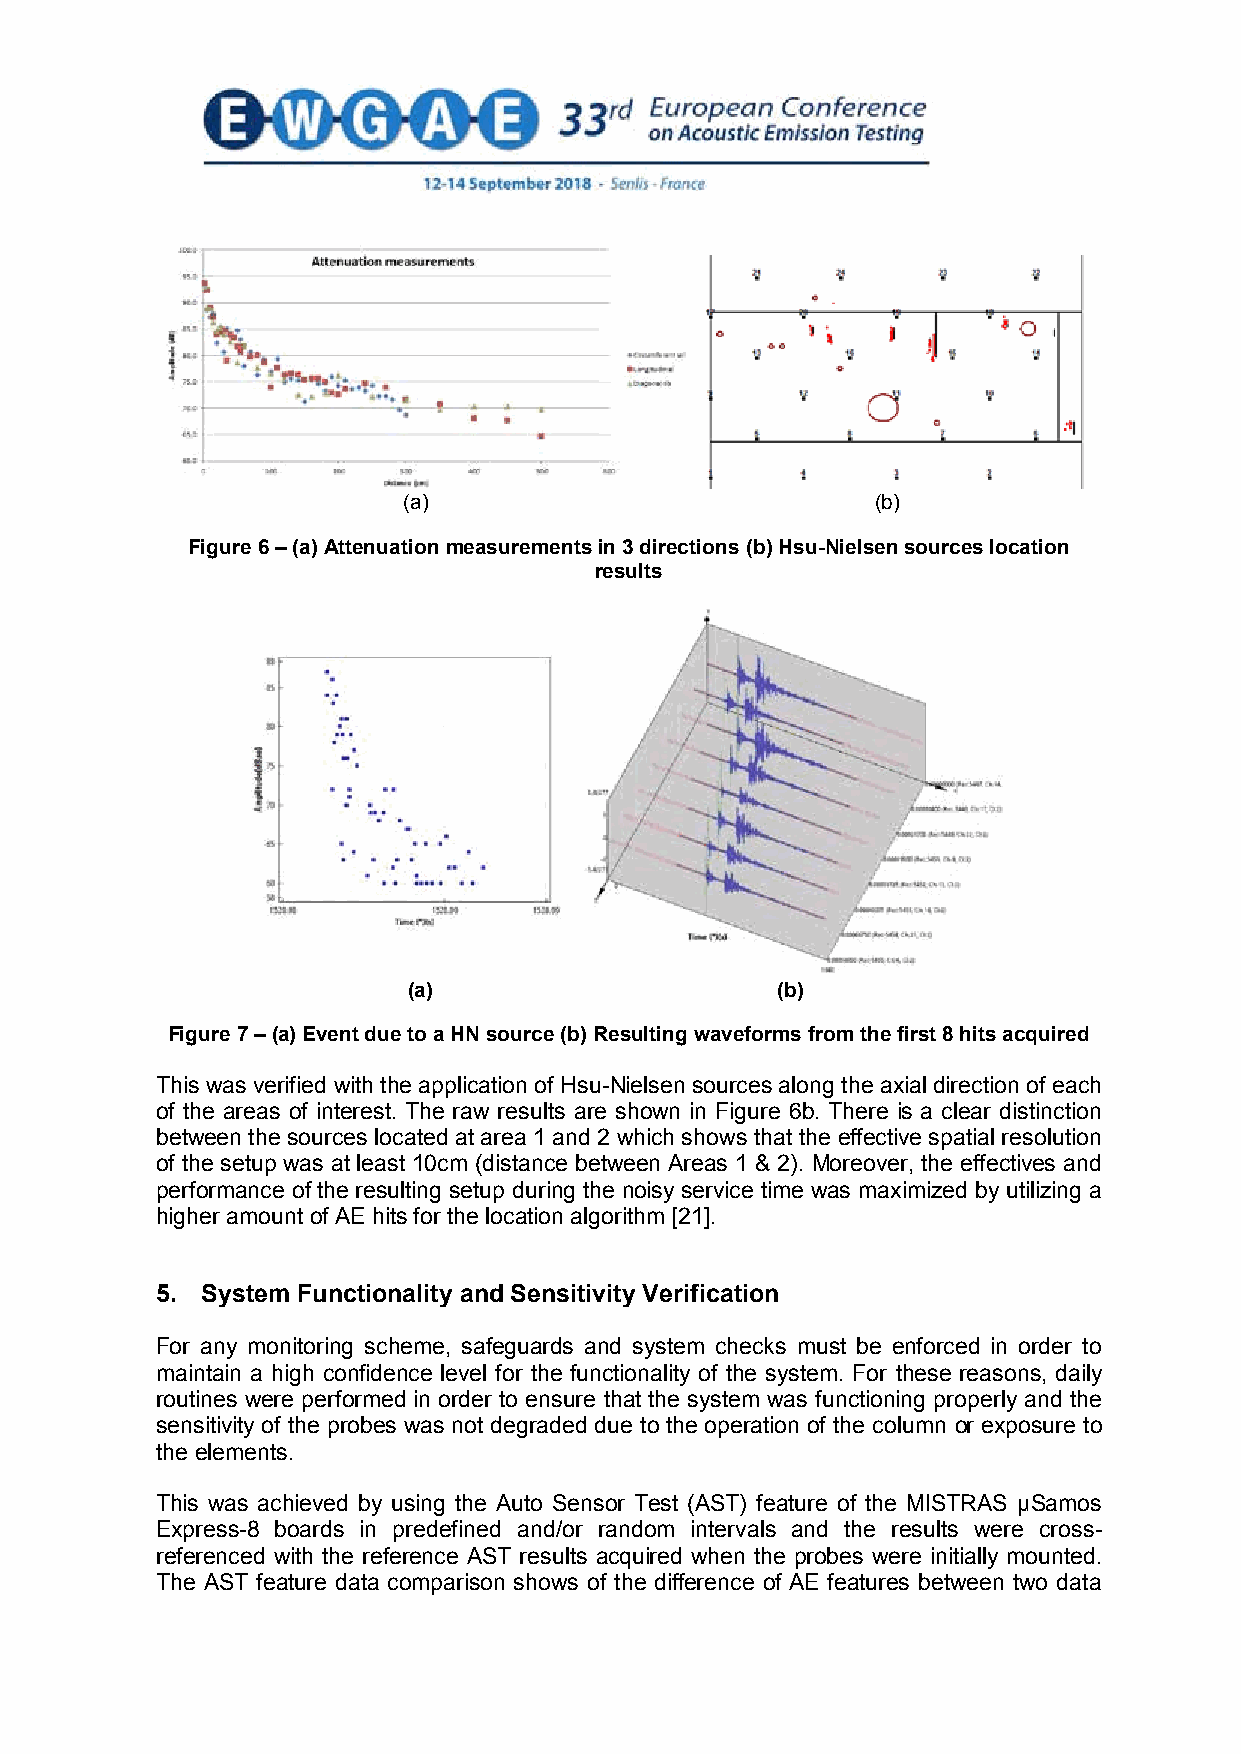
(a)                            (b)
 Figure 6 – (a) Attenuation measurements in 3 directions (b) Hsu-Nielsen sources location
 results
 (a)                     (b)
 Figure 7 – (a) Event due to a HN source (b) Resulting waveforms from the first 8 hits acquired
 This was verified with the application of Hsu-Nielsen sources along the axial direction of each
 of the areas of interest. The raw results are shown in Figure 6b. There is a clear distinction
 between the sources located at area 1 and 2 which shows that the effective spatial resolution
 of the setup was at least 10cm (distance between Areas 1 & 2). Moreover, the effectives and
 performance of the resulting setup during the noisy service time was maximized by utilizing a
 higher amount of AE hits for the location algorithm [21].
 5. System Functionality and Sensitivity Verification
 For any monitoring scheme, safeguards and system checks must be enforced in order to
 maintain a high confidence level for the functionality of the system. For these reasons, daily
 routines were performed in order to ensure that the system was functioning properly and the
 sensitivity of the probes was not degraded due to the operation of the column or exposure to
 the elements.
 This was achieved by using the Auto Sensor Test (AST) feature of the MISTRAS μSamos
 Express-8 boards in predefined and/or random intervals and the results were cross-
 referenced with the reference AST results acquired when the probes were initially mounted.
 The AST feature data comparison shows of the difference of AE features between two data
 5